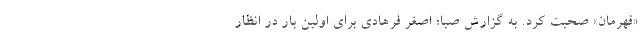
«قهرمان» صحبت کرد. به گزارش صبا؛ اصغر فرهادی برای اولین بار در انظار